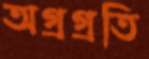
অগ্রগ্রতি